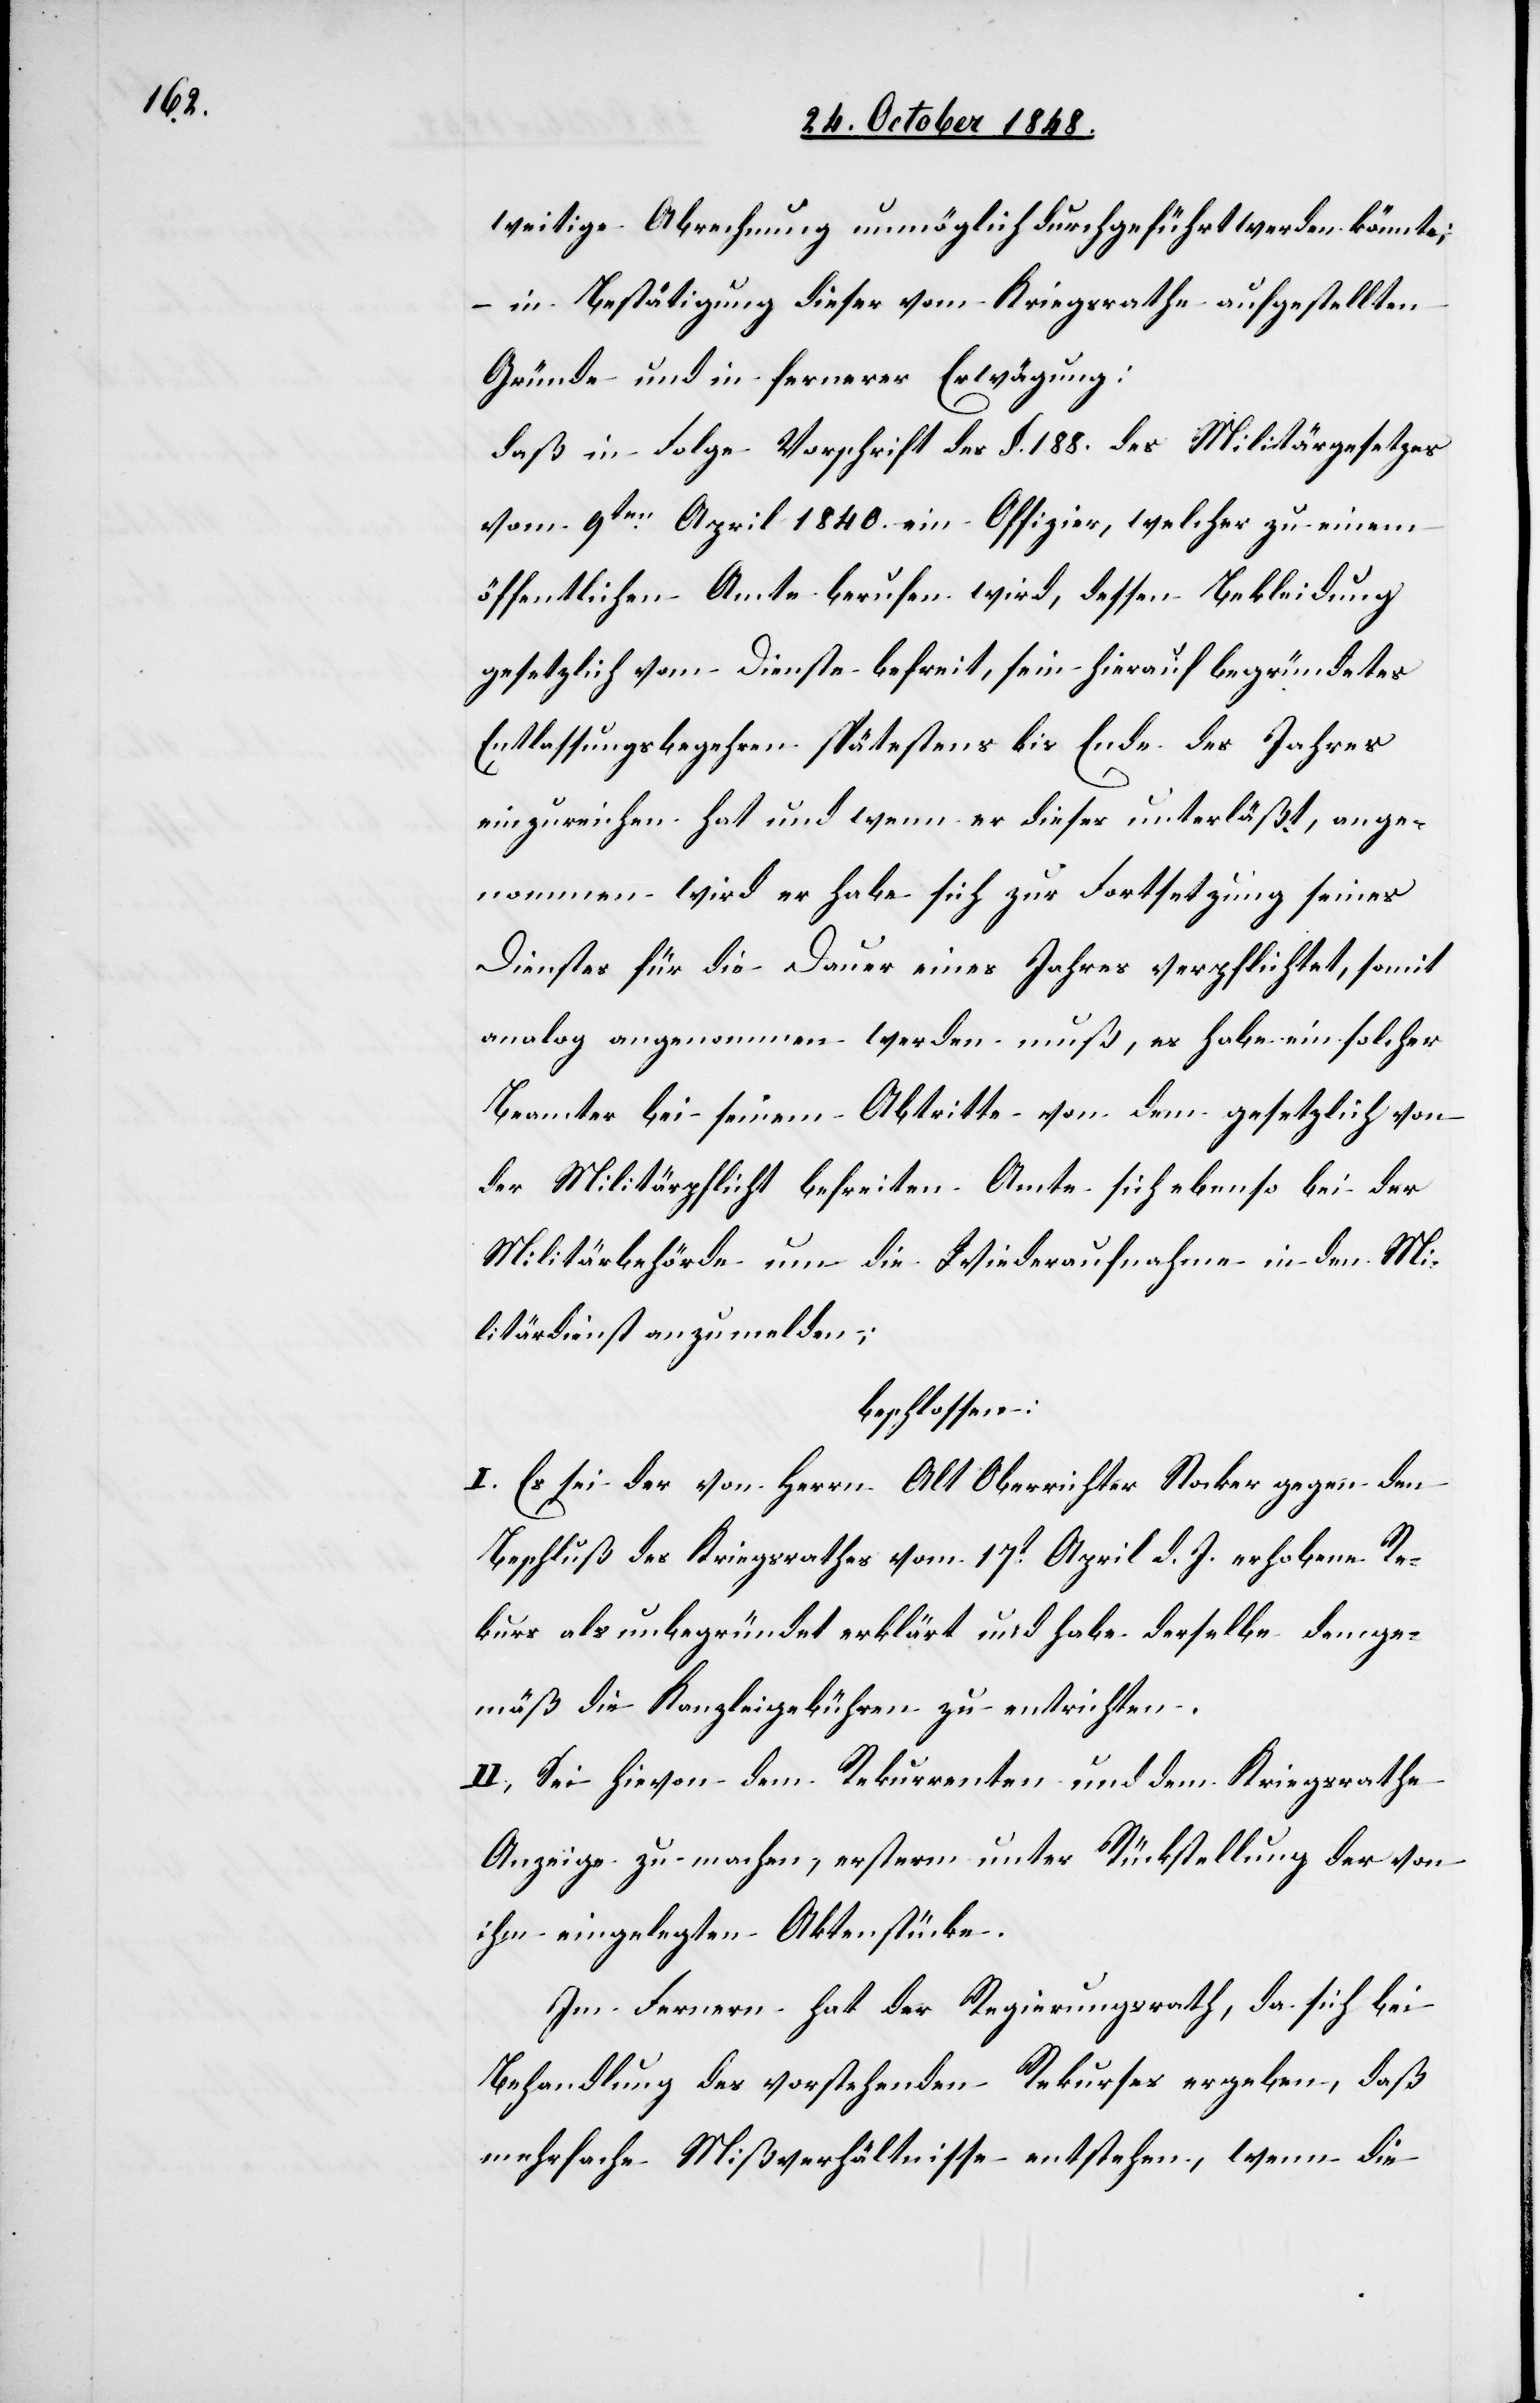
weitige Abrechnung unmöglich durchgeführt werden könnte;
–in Besttätigung dieser vom Kriegsrathe aufgestellten
Gründe und in fernerer Erwägung:
daß in Folge Vorschrift des §. 188. des Militärgesetzes
vom 9ten April 1840. ein Offizier, welcher zu einem
öffentlichen Amte berufen wird, dessen Bekleidung
gesetzlich vom Dienste befreit, sein hierauf begründetes
Entlassungsbegehren spätestens bis Ende des Jahres
einzureichen hat und wenn er dieses unterläßt, ange¬
nommen wird, er habe sich zur Fortsetzung seines
Dienstes für die Dauer eines Jahres verpflichtet, somit
analog angenommen werden muß, es habe ein solcher
Beamter bei seinem Abtritte von dem gesetzlich von
der Militärpflicht befreiten Amte sich ebenso bei der
Militärbehörde um Wiederaufnahme in den Mi¬
litärdienst anzumelden;
beschlossen:
I. Es sei der von Herrn Alt Oberrichter Stocker gegen den
Beschluß des Kriegsrathes vom 17t April d. J. erhobene Re¬
kurs als unbegründet erklärt und habe derselbe demge¬
mäß die Kanzleigebühren zu entrichten.
II. Sei hievon dem Rekurrenten und dem Kriegsrathe
Anzeige zu machen, ersterm unter Rückstellung der von
ihm eingelegten Aktenstücke.
Im Fernern hat der Regierungsrath, da sich bei
Behandlung des vorstehenden Rekurses ergeben, daß
mehrfache Mißverhältnisse entstehen, wenn die